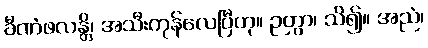
ခီဏံဖလန္တိ၊ အသီးကုန်လေပြီဟု။ ဉတွာ၊ သိ၍။ အညံ၊